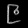
Digit: ၉